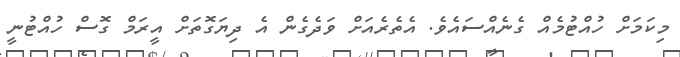
މިކަމަށް ހުއްޓުމެއް ގެނެއްސައެވެ. އެތެރެއަށް ވަދެގެން އެ ދިޔަގޮތަށް އީރަމް ގޮސް ހުއްޓުނީ